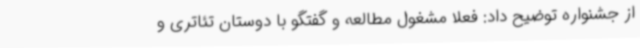
از جشنواره توضیح داد: فعلا مشغول مطالعه و گفتگو با دوستان تئاتری و